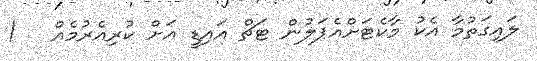
ލައިގަތުމާ އެކު މާކެޓަށްއެޕަލުން ޓަޗް އައިޑީ އަށް ކުރިއެރުމެއް   !